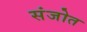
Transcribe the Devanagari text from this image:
संजोत